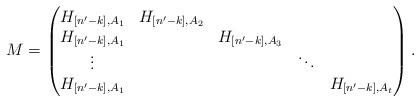
LaTeX: \begin{align*}M=\begin{pmatrix} H_{[n'-k], A_1} & H_{[n'-k], A_2} & & & \\H_{[n'-k], A_1} & & H_{[n'-k], A_3} & & \\\vdots & & & \ddots& \\H_{[n'-k], A_1} & & & & H_{[n'-k], A_t}\end{pmatrix}.\end{align*}